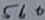
Text: 560